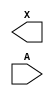
module sky130_fd_sc_hvl__lsbuflv2hv (
    X,
    A
);

    output X;
    input  A;

    // Voltage supply signals
    supply1 VPWR ;
    supply0 VGND ;
    supply1 LVPWR;
    supply1 VPB  ;
    supply0 VNB  ;

endmodule